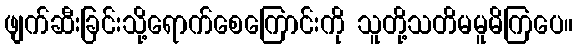
ဖျက်ဆီးခြင်းသို့ရောက်စေကြောင်းကို သူတို့သတိမမူမိကြပေ။